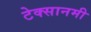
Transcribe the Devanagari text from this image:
टेक्सानमी